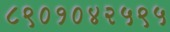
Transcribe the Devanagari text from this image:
८९०१०४२५९५